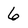
Character: 6